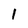
Character: 1